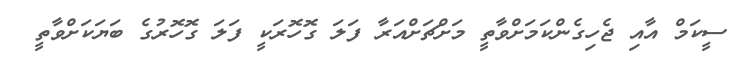
ސީކަމް އާއި ޖެހިގެންކަމަށްވާތީ މަށްޗަށްއަރާ ފަލަ ގޮހޮރަކީ ފަލަ ގޮހޮރުގެ ބަޔަކަށްވާތީ